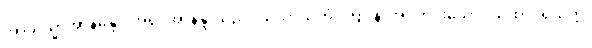
အာယသ္မာအာနန္ဒော၊ အရှင်အာနန္ဒာသည်။ ယထာသုတံ၊ ကြားနာအပ်တိုင်းသော။ ယထာပရိယတ္တံ၊